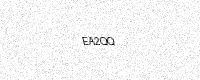
Text: EA2QQ